Dysentery and liver abscess in Bombay - Number 47
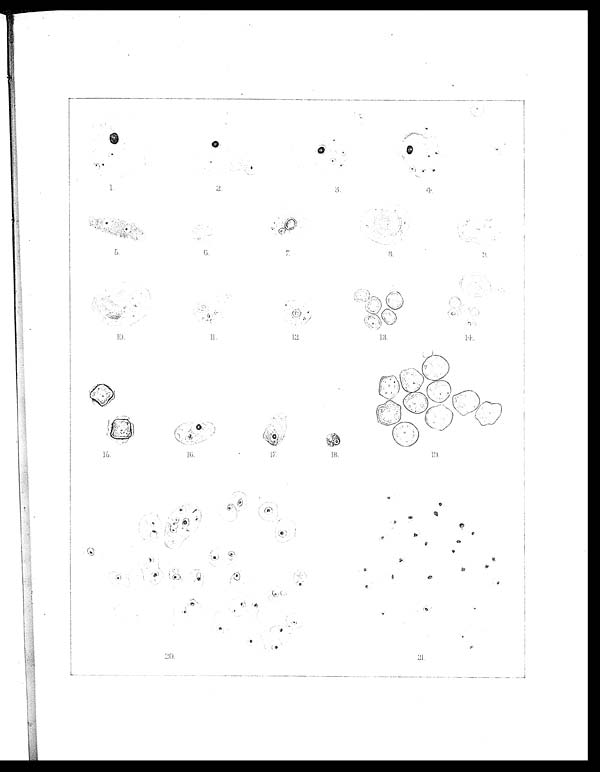
4.
5.
1 0 .
11.
16.
20.